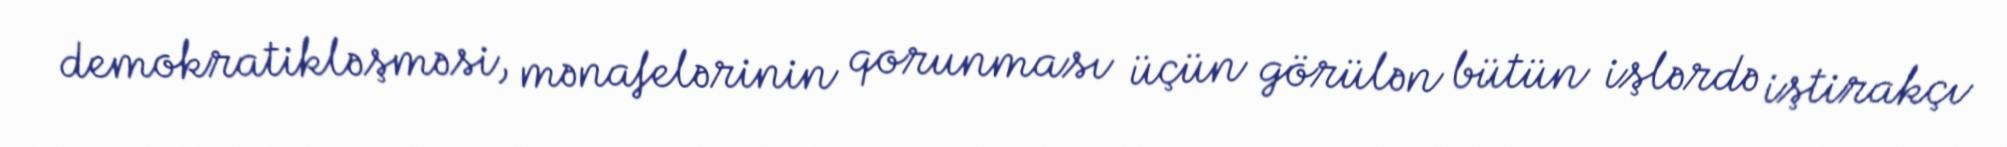
demokratikləşməsi, mənafelərinin qorunması üçün görülən bütün işlərdə iştirakçı